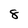
Character: 8